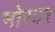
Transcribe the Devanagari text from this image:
मोरटर